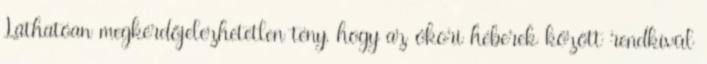
Láthatóan megkérdőjelezhetetlen tény, hogy az ókori héberek között rendkívül